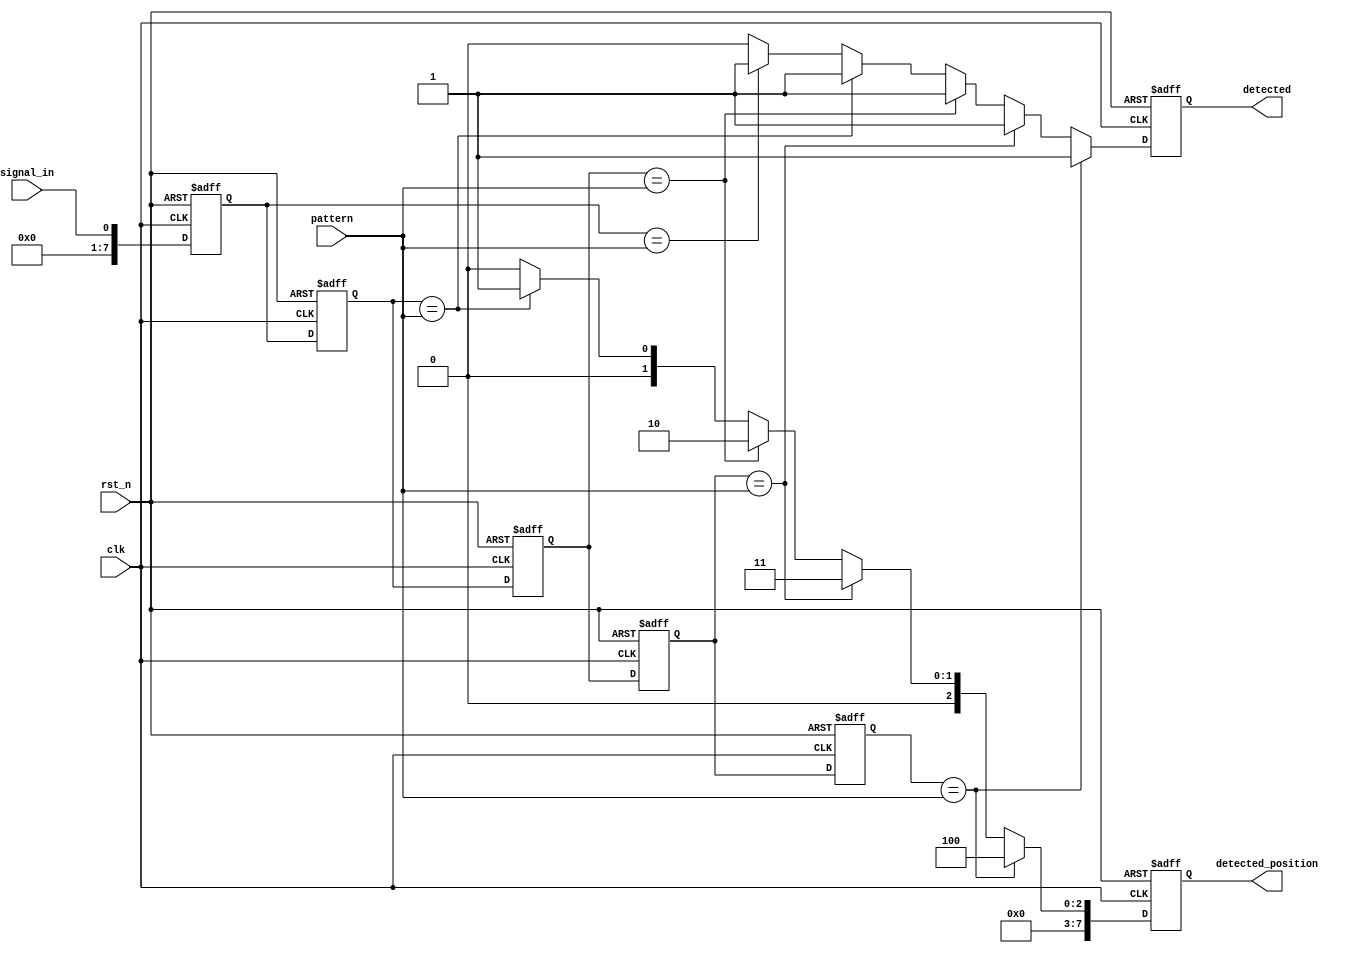
module MemoryBlocksSamplingDelayLineDetector #(
    parameter NUM_BLOCKS = 8,       // Number of memory blocks (delay line depth)
    parameter PATTERN_WIDTH = 4,     // Width of the pattern to detect
    parameter CLK_FREQ = 50e6,       // Clock frequency
    parameter SAMPLE_RATE = 1e6       // Sampling rate
)(
    input wire clk,                  // Clock signal
    input wire rst_n,                // Active low reset
    input wire signal_in,            // Input signal to be monitored
    input wire [PATTERN_WIDTH-1:0] pattern, // Pattern to detect
    output reg detected,              // Detection output signal
    output reg [NUM_BLOCKS-1:0] detected_position // Position of detected pattern
);

    // Memory blocks (shift registers)
    reg [NUM_BLOCKS-1:0] memory [0:NUM_BLOCKS-1]; // Memory blocks
    reg [NUM_BLOCKS-1:0] sample;                   // Current samples

    // Sampling mechanism
    integer i;
    always @(posedge clk or negedge rst_n) begin
        if (!rst_n) begin
            // Reset memory blocks and detection signals
            for (i = 0; i < NUM_BLOCKS; i = i + 1) begin
                memory[i] <= 0;
            end
            detected <= 0;
            detected_position <= 0;
        end else begin
            // Shift samples into memory blocks
            for (i = NUM_BLOCKS-1; i > 0; i = i - 1) begin
                memory[i] <= memory[i-1];
            end
            memory[0] <= signal_in; // Sample the input signal

            // Check for pattern detection
            detected <= 0; // Reset detection signal
            detected_position <= 0; // Reset position signal

            for (i = 0; i <= NUM_BLOCKS - PATTERN_WIDTH; i = i + 1) begin
                if (memory[i] == pattern) begin
                    detected <= 1; // Pattern detected
                    detected_position <= i; // Store position of detected pattern
                end
            end
        end
    end

endmodule